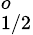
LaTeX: ^o_{1/2}